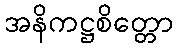
အနိကဋ္ဌစိတ္တော